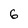
Character: 6